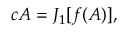
c A = J _ { 1 } [ f ( A ) ] ,